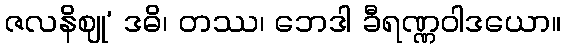
ဇလနိဈု’ ဒဓိ၊ တဿ၊ ဘေဒါ ခီရဏ္ဏဝါဒယော။